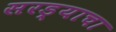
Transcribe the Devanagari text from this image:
सरड्याचा